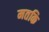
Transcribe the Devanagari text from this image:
मतकि